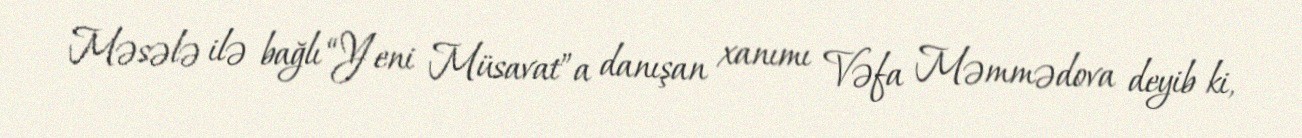
Məsələ ilə bağlı “Yeni Müsavat”a danışan xanımı Vəfa Məmmədova deyib ki,